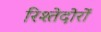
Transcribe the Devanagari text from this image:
रिश्तेदोरों